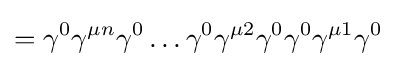
=\gamma ^{0}\gamma ^{\mu n}\gamma ^{0}\dots \gamma ^{0}\gamma ^{\mu 2}\gamma ^{0}\gamma ^{0}\gamma ^{\mu 1}\gamma ^{0}